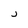
Character: j